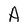
Character: A